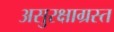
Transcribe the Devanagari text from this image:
असुरक्षाग्रस्त